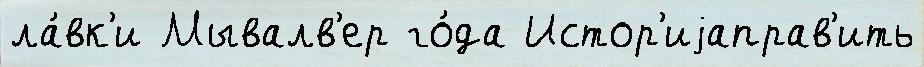
ла́вк'и Мывалв'ер го́да Истор'иjаправ'ить